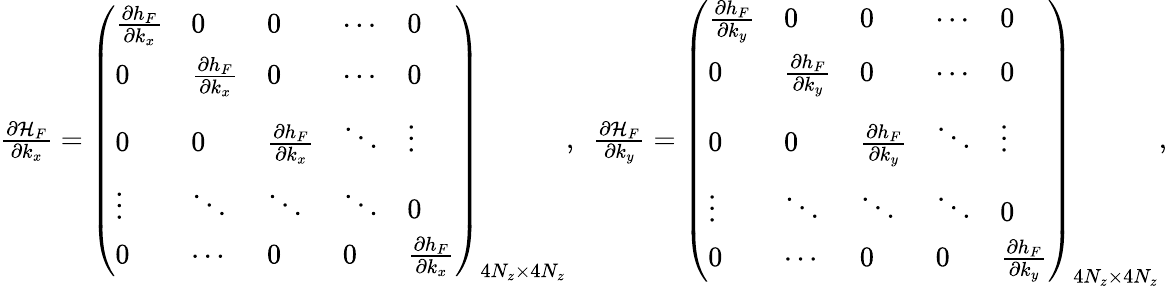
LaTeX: \begin{array}{r}{\frac{\partial{\cal H}_{F}}{\partial k_{x}}=\left(\begin{array}{lllll}{\frac{\partial h_{F}}{\partial k_{x}}}&{0}&{0}&{\cdots}&{0}\\ {0}&{\frac{\partial h_{F}}{\partial k_{x}}}&{0}&{\cdots}&{0}\\ {0}&{0}&{\frac{\partial h_{F}}{\partial k_{x}}}&{\ddots}&{\vdots}\\ {\vdots}&{\ddots}&{\ddots}&{\ddots}&{0}\\ {0}&{\cdots}&{0}&{0}&{\frac{\partial h_{F}}{\partial k_{x}}}\end{array}\right)_{4N_{z}\times 4N_{z}},~~\frac{\partial{\cal H}_{F}}{\partial k_{y}}=\left(\begin{array}{lllll}{\frac{\partial h_{F}}{\partial k_{y}}}&{0}&{0}&{\cdots}&{0}\\ {0}&{\frac{\partial h_{F}}{\partial k_{y}}}&{0}&{\cdots}&{0}\\ {0}&{0}&{\frac{\partial h_{F}}{\partial k_{y}}}&{\ddots}&{\vdots}\\ {\vdots}&{\ddots}&{\ddots}&{\ddots}&{0}\\ {0}&{\cdots}&{0}&{0}&{\frac{\partial h_{F}}{\partial k_{y}}}\end{array}\right)_{4N_{z}\times 4N_{z}},}\end{array}